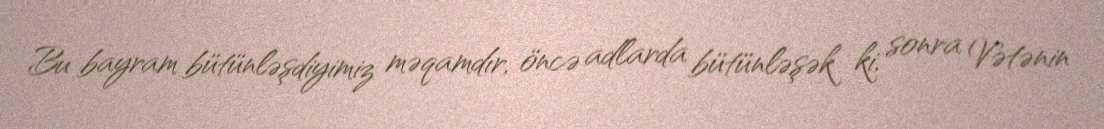
Bu bayram bütünləşdiyimiz məqamdır, öncə adlarda bütünləşək ki, sonra Vətənin